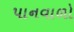
પાનવાળો